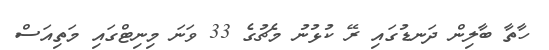
ހާތާ ބާލިން ދަނޑުގައި ރޭ ކުޅުނު މެޗުގެ 33 ވަނަ މިނިޓްގައި މަތިއަސް